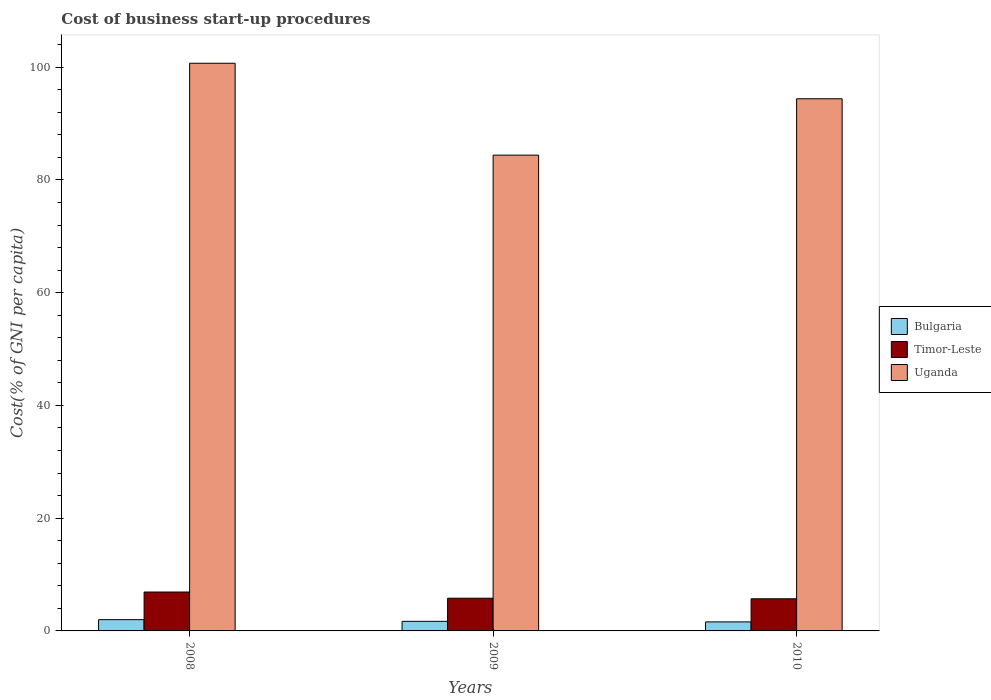
| Years | Bulgaria | Timor-Leste | Uganda |
 | --- | --- | --- | --- |
 | 2008 | 2 | 6.9 | 101 |
 | 2009 | 1.7 | 5.8 | 84.4 |
 | 2010 | 1.6 | 5.7 | 94.4 |